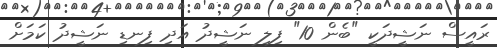
ރައީސް ނަޝީދަކީ "ބެން 10" ފިލި ނަޝީދު އަދި ފިނޑި ނަޝީދު ކަމަށް